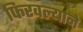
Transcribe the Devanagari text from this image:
फिरवल्याने